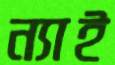
ন্যাই